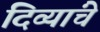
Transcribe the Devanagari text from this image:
दिव्यांचे